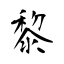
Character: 黎